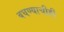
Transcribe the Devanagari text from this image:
बघण्याचीही